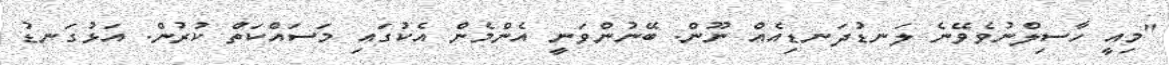
"މިއީ ހާސިލްނުވެވޭނެ ލަނޑުދަނޑިއެއް ނޫން. ބޭނުންވަނީ އެންމެން އެކުގައި މަސައްކަތް ކުރުން. އަޅުގަނޑު